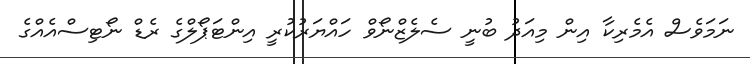
ނަމަވެސް އެމެރިކާ އިން މިއަދު ބުނީ ސެލެޒްނޯވް ހައްޔަރުކުރީ އިންޓަޕޯލްގެ ރެޑް ނޯޓިސްއެއްގެ